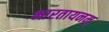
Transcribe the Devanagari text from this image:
भारतायनम्